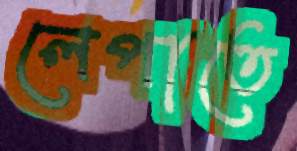
লেপাতে